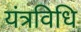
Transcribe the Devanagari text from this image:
यंत्रविधि